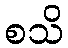
စသိ